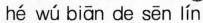
hé wú biān de sēn lín